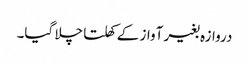
دروازہ بغیر آواز کے کھلتا چلا گیا۔